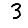
Digit: 3